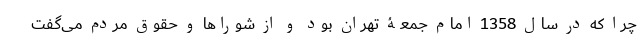
چرا که در سال 1358 امام جمعۀ تهران بود و از شوراها و حقوق مردم می‌گفت